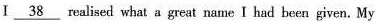
I \underline{38} realized what a great name I had been given. My